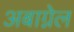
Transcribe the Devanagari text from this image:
अबाग्नेल